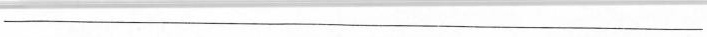
___